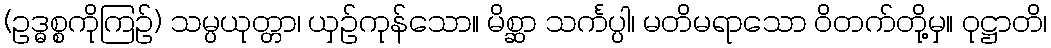
(ဥဒ္ဓစ္စကိုကြဉ်) သမ္ပယုတ္တာ၊ ယှဉ်ကုန်သော။ မိစ္ဆာ သင်္ကပ္ပါ၊ မတိမရာသော ဝိတက်တို့မှ။ ဝုဋ္ဌာတိ၊